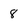
Character: 8